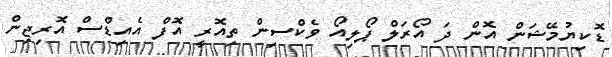
ޑޮކިޔުމޭޝަން އޮން ދަ އޯރަލް ޕޯލިއޯ ވެކްސިން ތިއޮރީ އޮފް އެއިޑްސް އޮރިޖިން